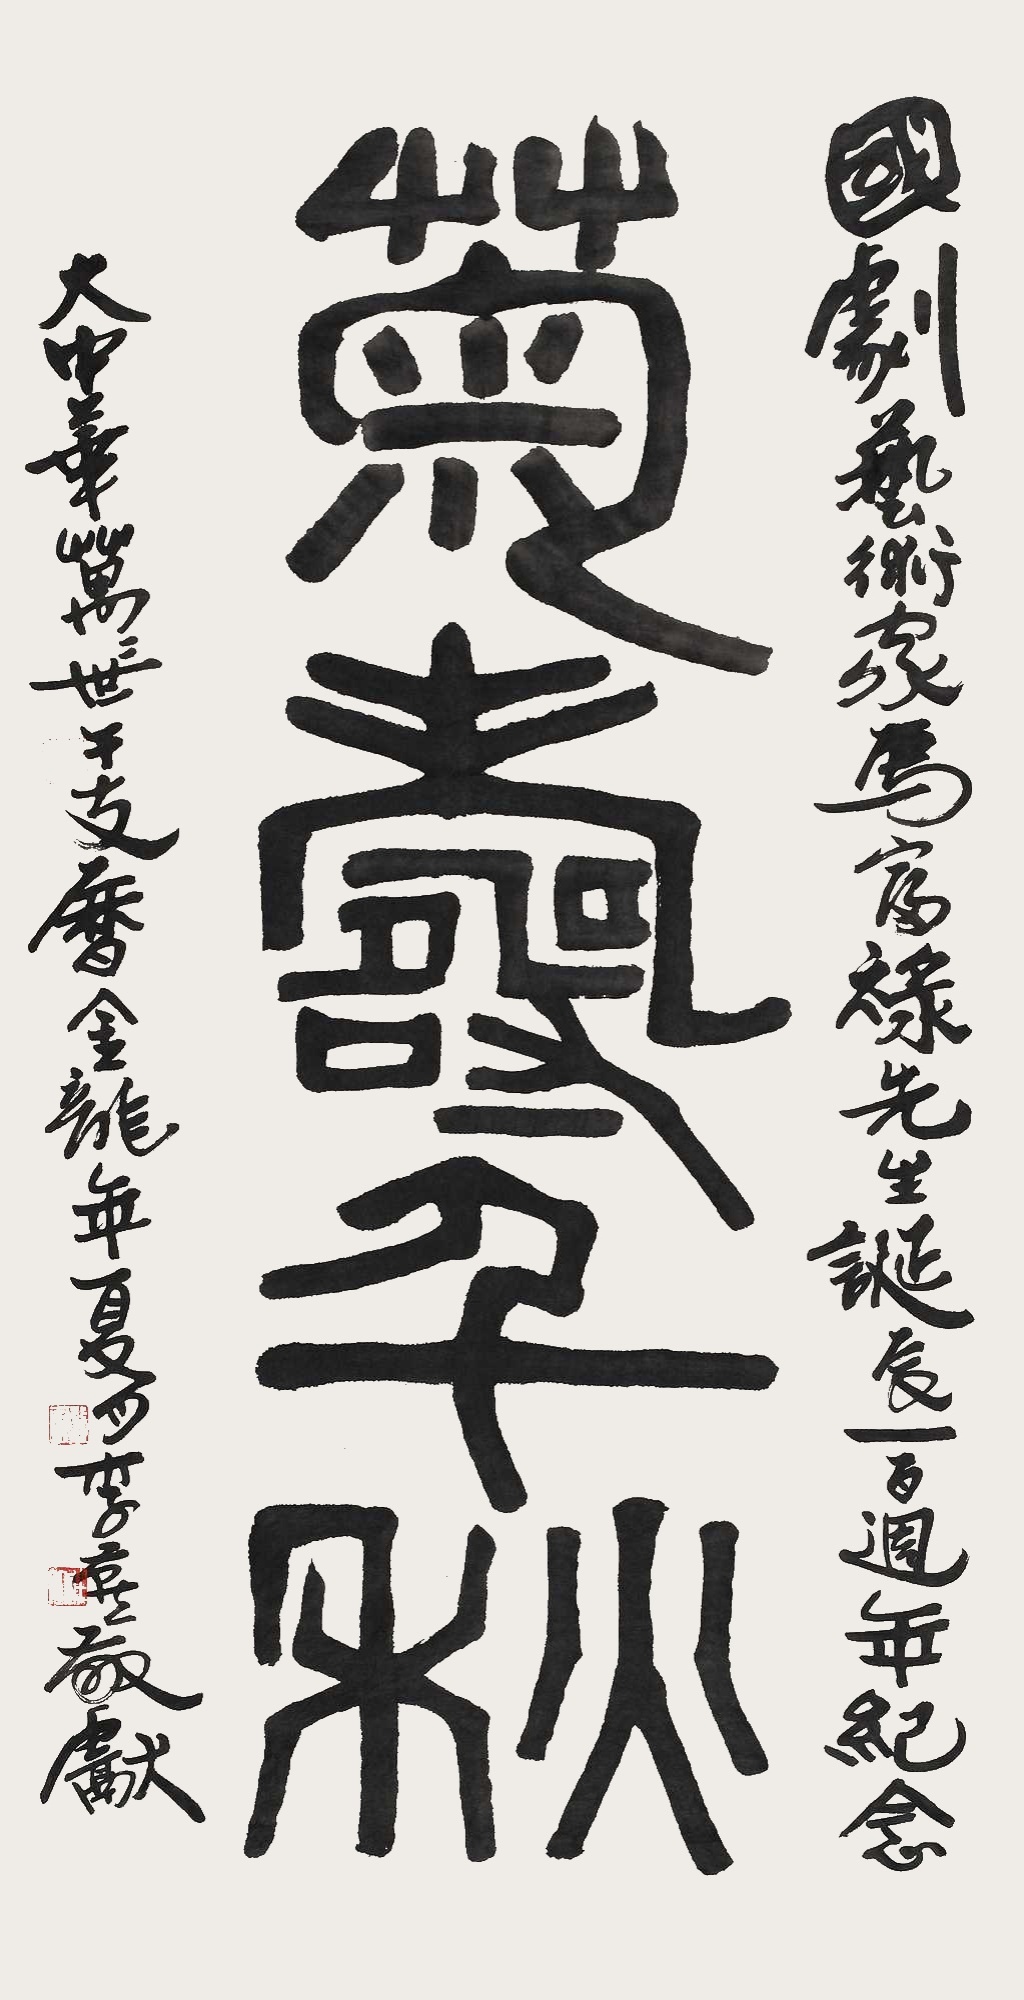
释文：菊寿千秋。国剧艺术家马富禄先生诞辰一百周年纪念，大中华万世干支历金龙年夏月，李燕敬献。